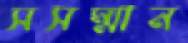
সসম্মান